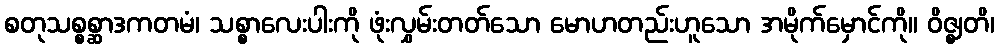
စတုသစ္စစ္ဆာဒကတမံ၊ သစ္စာလေးပါးကို ဖုံးလွှမ်းတတ်သော မောဟတည်းဟူသော အမိုက်မှောင်ကို။ ဝိဇ္ဈတိ၊